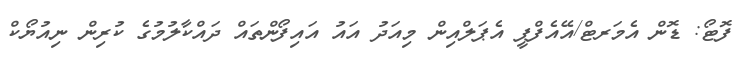
ފޮޓޯ: ޑޮން އެމަރޓް/އޭއެފްޕީ އެޕަލްއިން މިއަދު އައު އައިފޯންތައް ދައްކާލުމުގެ ކުރިން ނިއުޔޯކް